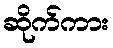
ဆိုက်ကား